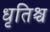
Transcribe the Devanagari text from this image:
धृतिश्च